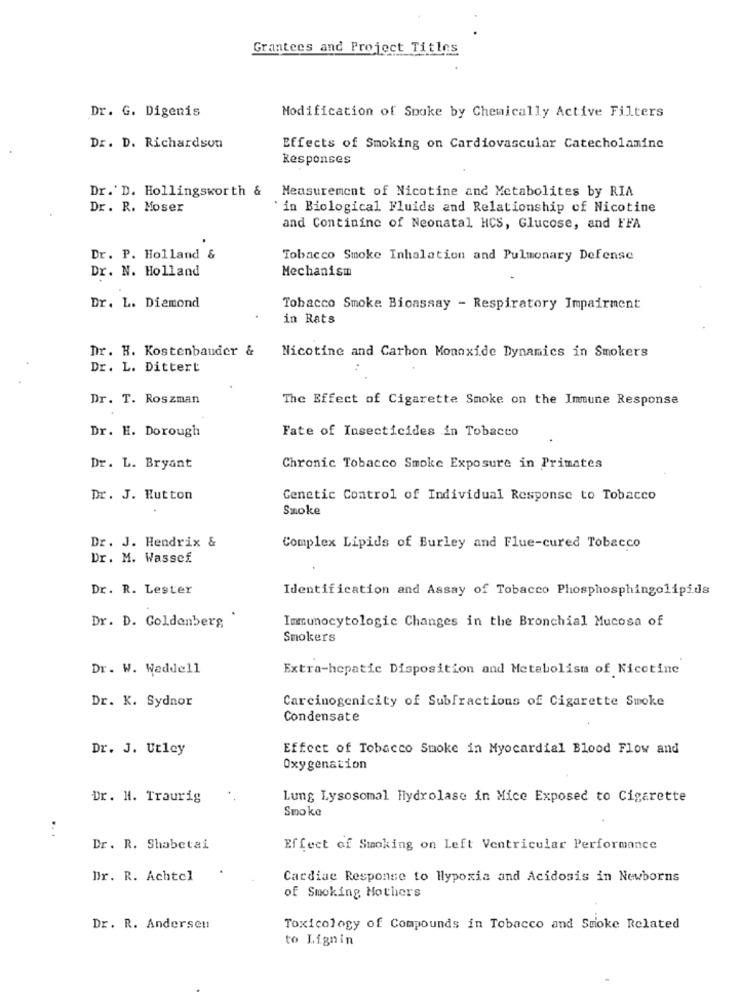
Grantees and Project Titles
Dr. G. Digenis
Modification of Spoke by Chemically Active Filters
Dr. D. Richardson
Effects of Smoking on Cardiovascular Catecholamine
Responses
Dr.' D. Hollingsworth & Measurement of Nicotine and Metabolites by RIA
Dr. R. Moser
` in Biological Fluids and Relationship of Nicotine
and Contininc of Neonatal HCS, Glucose, and FFA
Dr. P. Holland &
Tobacco Smoke Inhalation and Pulmonary Defense
Dr. N. Holland
Mechanism
Dr. L. Diamond
Tobacco Smoke Bioassay - Respiratory Impairment
in Rats
Dr. H. Kostenbauder &
Nicotine and Carbon Monoxide Dynamics in Smokers
Dr. L. Dittert
Dr. T. Roszman
The Effect of Cigarette Smoke on the Immune Response
Dr. H. Dorough
Fate of Insecticides in Tobacco
Dr. L. Bryant
Chronic Tobacco Smoke Exposure in Primates
Dr. J. Rutton
Genetic Control of Individual Response to Tobacco
Smoke
Dr. J. Hendrix &
Complex Lipids of Burley and Flue-cured Tobacco
Dr. M. Wassef
Dr. R. Lester
Identification and Assay of Tobacco Phosphosphingolipids
Dr. D. Goldenberg
Immunocytologie Changes in the Bronchial Mucosa of
Smokers
Dr. W. Waddell
Extra-hepatic Disposition and Metabolism of Nicotine
Carcinogenicity of Subfractions of Cigarette Smoke
Dr. K. Sydnor
Condensate
Dr. J. Utley
Effect of Tobacco Smoke in Myocardial Blood Flow and
Oxygenation
Dr. H. Traurig
Lung Lysosomal Hydrolase in Mice Exposed to Cigarette
Smoke
.. .
Dr. R. Shabetai
Effect of Smoking on Left Ventricular Performance
Dr. R. Achtcl
Cardiac Response to Hypoxia and Acidosis in Newborns
of Smoking Mothers
Dr. R. Andersen
Toxicology of Compounds in Tobacco and Smoke Related
to Lignin